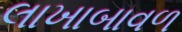
લાખાબાવળ